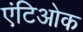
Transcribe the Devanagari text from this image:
एंटिओक